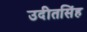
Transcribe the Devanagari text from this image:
उदीतसिंह